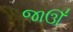
જાઊઁ